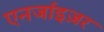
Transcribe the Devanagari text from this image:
एनर्जाइज़र